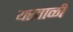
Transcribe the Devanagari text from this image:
यरवाळी